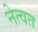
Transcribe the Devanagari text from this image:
नेत्वत